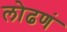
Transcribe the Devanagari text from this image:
लोढणं